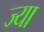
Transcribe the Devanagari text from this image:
ज्‍या